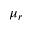
\mu _ { r }